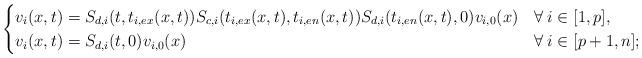
LaTeX: \begin{align*} \begin{cases} v_i(x,t)=S_{d,i}(t,t_{i,ex}(x,t))S_{c,i}(t_{i,ex}(x,t),t_{i,en}(x,t))S_{d,i}(t_{i,en}(x,t),0)v_{i,0}(x) & \forall\:i\in[1,p],\\ v_i(x,t)=S_{d,i}(t,0)v_{i,0}(x) & \forall\:i\in[p+1,n]; \end{cases} \end{align*}